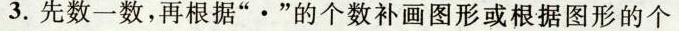
3.先数一数，再根据”·”的个数补画图形或根据图形的个